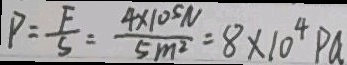
P = \frac { F } { S } = \frac { 4 \times 1 0 ^ { 5 N } } { 5 m ^ { 2 } } = 8 \times 1 0 ^ { 4 } P a